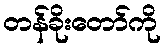
တန်ခိုးတော်ကို